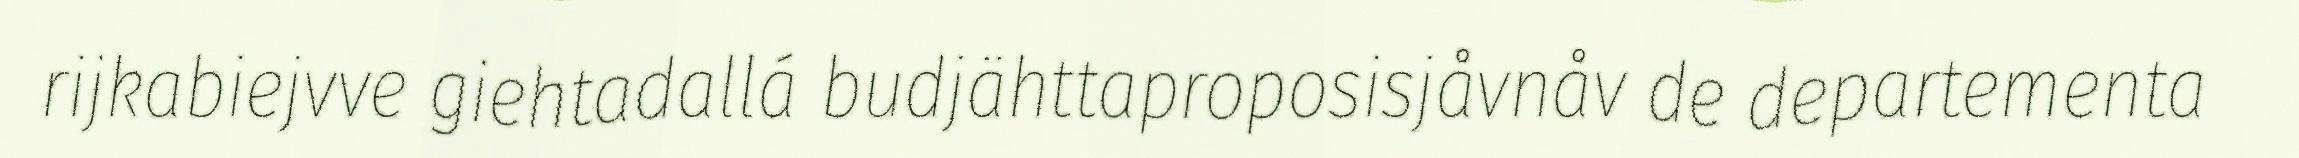
rijkabiejvve giehtadallá budjähttaproposisjåvnåv de departementa